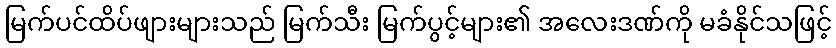
မြက်ပင်ထိပ်ဖျားများသည် မြက်သီး မြက်ပွင့်များ၏ အလေးဒဏ်ကို မခံနိုင်သဖြင့်